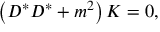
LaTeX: \left( D ^ { * } D ^ { * } + m ^ { 2 } \right) K = 0 ,